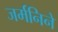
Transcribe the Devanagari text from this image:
जर्मनिने